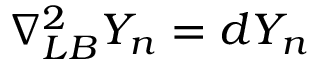
\nabla _ { L B } ^ { 2 } Y _ { n } = d Y _ { n }